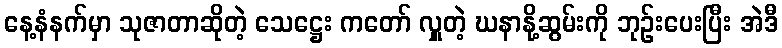
နေ့နံနက်မှာ သုဇာတာဆိုတဲ့ သေဋ္ဌေး ကတော် လှူတဲ့ ဃနာနို့ဆွမ်းကို ဘုဉ်းပေးပြီး အဲဒီ